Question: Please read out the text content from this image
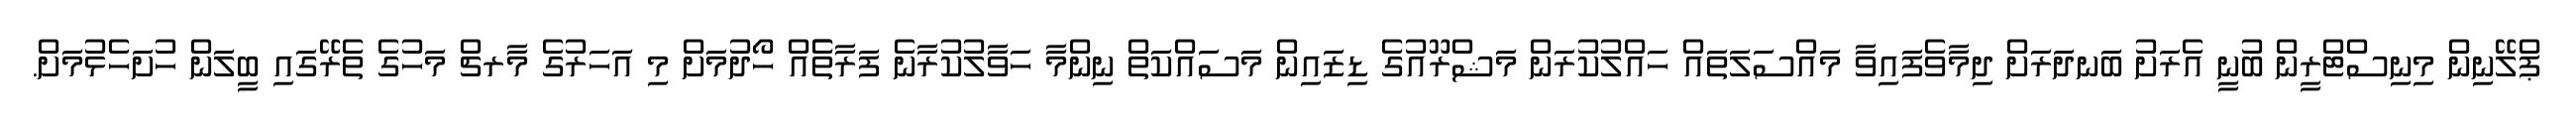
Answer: ޕްލޭނިން މިނިސްޓްރީން ބުނީ އެރަށު ބަނދަރަށް ދިމާވެފައިވާ މައްސަލަތައް ހައްލުކުރަން މަޝްރޫއުގެ ޑިޒައިން މަސައްކަތް ނިންމާ ހަވާލުކުރާނެ ފަރާތެެއް ހޯދުމަށް މި އަހަރުގެ މާރޗް މަހުގެ ތެރޭގައި ބީލަން ހުށަހެޅުމަށް.